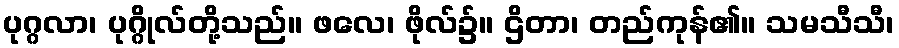
ပုဂ္ဂလာ၊ ပုဂ္ဂိုလ်တို့သည်။ ဖလေ၊ ဖိုလ်၌။ ဌိတာ၊ တည်ကုန်၏။ သမသီသီ၊